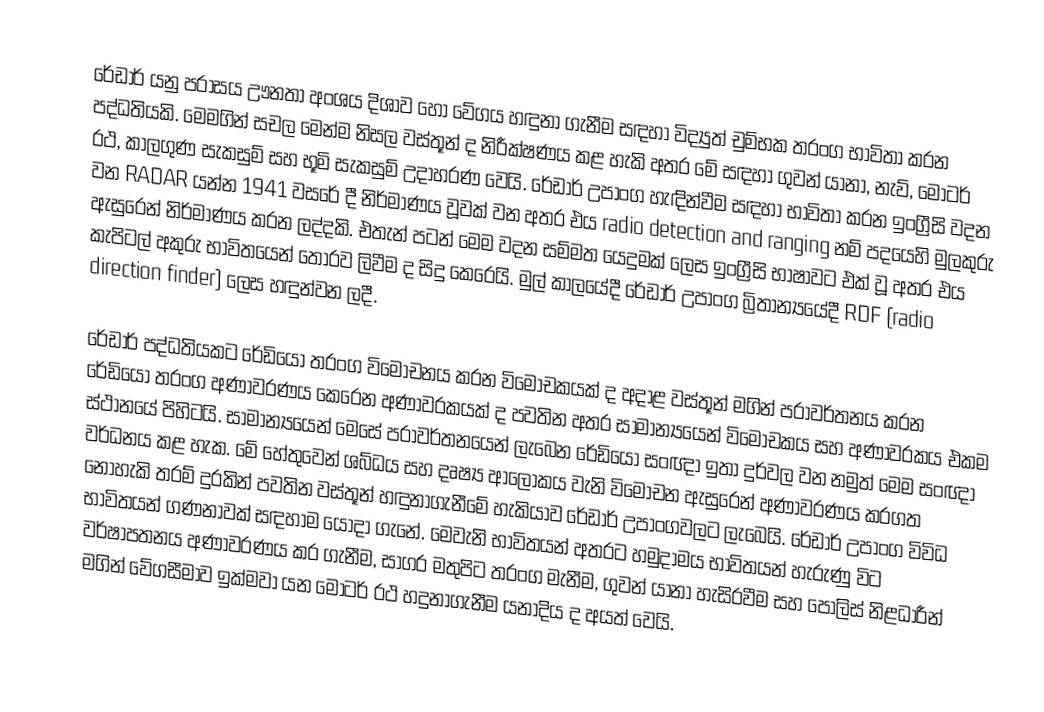
රේඩාර් යනු පරාසය ඌනතා අංශය දිශාව හෝ වේගය හඳුනා ගැනීම සඳහා විද්‍යුත් චුම්භක තරංග භාවිතා කරන පද්ධතියකි. මෙමගින් සචල මෙන්ම නිසල වස්තූන් ද නිරීක්ෂණය කළ හැකි අතර මේ සඳහා ගුවන් යානා, නැව්, මෝටර් රථ, කාලගුණ සැකසුම් සහ භූමි සැකසුම් උදාහරණ වෙයි. රේඩාර් උපාංග හැඳින්වීම සඳහා භාවිතා කරන ඉංග්‍රීසි වදන වන RADAR යන්න 1941 වසරේ දී නිර්මාණය වූවක් වන අතර එය radio detection and ranging නම් පදයෙහි මුලකුරු ඇසුරෙන් නිර්මාණය කරන ලද්දකි. එතැන් පටන් මෙම වදන සම්මත යෙදුමක් ලෙස ඉංග්‍රීසි භාෂාවට එක් වූ අතර එය  කැපිටල් අකුරු භාවිතයෙන් තොරව ලිවීම ද සිදු කෙරෙයි. මුල් කාලයේදී රේඩාර් උපාංග බ්‍රිතාන්‍යයේදී RDF (radio direction finder) ලෙස හඳුන්වන ලදී.

රේඩාර් පද්ධතියකට රේඩියෝ තරංග විමෝචනය කරන විමෝචකයක් ද අදාළ වස්තූන් මගින් පරාවර්තනය කරන රේඩියෝ තරංග අණාවරණය කෙරෙන අණාවරකයක් ද පවතින අතර සාමාන්‍යයෙන් විමෝචකය සහ අණාවරකය එකම ස්ථානයේ පිහිටයි. සාමාන්‍යයෙන් මෙසේ පරාවර්තනයෙන් ලැබෙන රේඩියෝ සංඥා ඉතා දුර්වල වන නමුත් මෙම සංඥා වර්ධනය කළ හැක. මේ හේතුවෙන් ශබ්ධය සහ දෘෂ්‍ය ආලෝකය වැනි විමෝචන ඇසුරෙන් අණාවරණය කරගත නොහැකි තරම් දුරකින් පවතින වස්තූන් හඳුනාගැනීමේ හැකියාව රේඩාර් උපාංගවලට ලැබෙයි. රේඩාර් උපාංග විවිධ භාවිතයන් ගණනාවක් සඳහාම යොදා ගැනේ. මෙවැනි භාවිතයන් අතරට හමුදාමය භාවිතයන් හැරුණු විට වර්ෂාපතනය අණාවරණය කර ගැනීම, සාගර මතුපිට තරංග මැනීම, ගුවන් යානා හැසිරවීම සහ පොලිස් නිළධාරීන් මගින් වේගසීමාව ඉක්මවා යන මෝටර් රථ හදුනාගැනීම යනාදිය ද අයත් වෙයි.